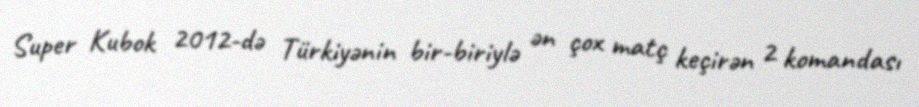
Super Kubok 2012-də Türkiyənin bir-biriylə ən çox matç keçirən 2 komandası